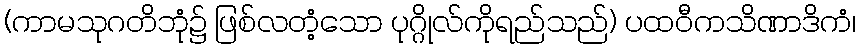
(ကာမသုဂတိဘုံ၌ ဖြစ်လတံ့သော ပုဂ္ဂိုလ်ကိုရည်သည်) ပထဝီကသိဏာဒိကံ၊